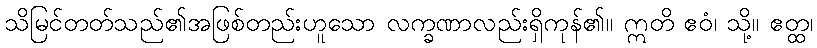
သိမြင်တတ်သည်၏အဖြစ်တည်းဟူသော လက္ခဏာလည်းရှိကုန်၏။ ဣတိ ဧဝံ၊ သို့။ ဧတ္ထ၊